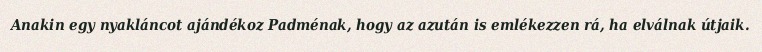
Anakin egy nyakláncot ajándékoz Padménak, hogy az azután is emlékezzen rá, ha elválnak útjaik.